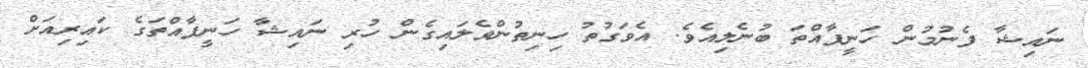
ނައިޝާ ފެނުމުން ހަނީފާއްތަ ބުނެލިއެވެ. އެވަގުތު ހިނިތުންވެލައިގެން ހުރި ނައިޝާ ހަނީފާއްތަގެ ކައިރިއަށް